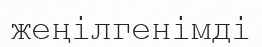
жеңілгенімді